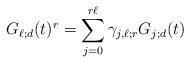
LaTeX: \begin{align*}G_{\ell;d}(t)^r =\sum_{j=0}^{r \ell} \gamma_{j,\ell; r} G_{j;d}(t)\end{align*}